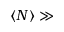
\langle N \rangle \gg